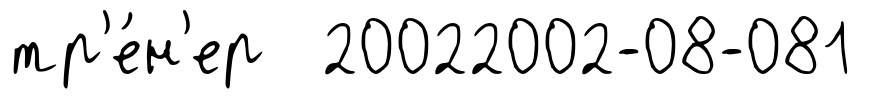
тр'е́н'ер 20022002-08-081